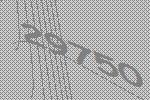
29750